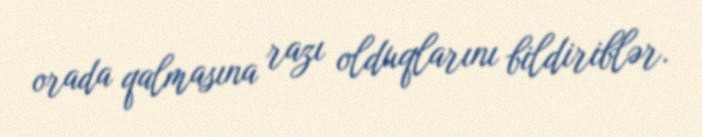
orada qalmasına razı olduqlarını bildiriblər.